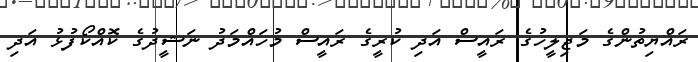
ރައްޔިތުންގެ މަޖިލީހުގެ ރައީސް އަދި ކުރީގެ ރައީސް މުހައްމަދު ނަޝީދުގެ ކޮއްކޯފުޅު އަދި